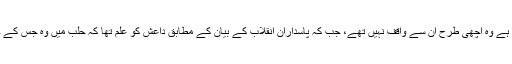
علی شمحانی کا یہ بھی کہنا ہے کہ جن لوگوں نے حسن ہمدانی کو قتل کیا ہے وہ اچھی طرح ان سے واقف نہیں تھے، جب کہ پاسداران انقلاب کے بیان کے مطابق داعش کو علم تھا کہ حلب میں وہ جس کے خلاف لڑ رہے ہیں وہ ایران کے ایک سینیر عہدیدار حسین علی ہمدانی ہیں۔